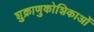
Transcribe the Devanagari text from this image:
शुक्राणुकोशिकाओं